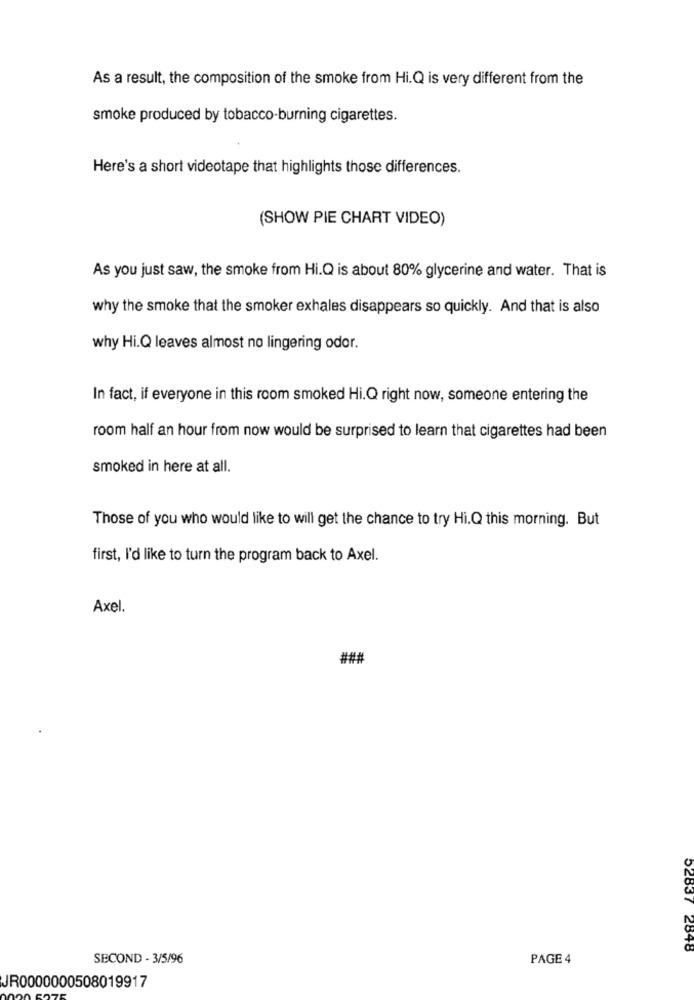
As a result, the composition of the smoke from Hi.Q is very different from the
smoke produced by tobacco-burning cigarettes.
Here's a short videotape that highlights those differences.
(SHOW PIE CHART VIDEO)
As you just saw, the smoke from Hi.Q is about 80% glycerine and water. That is
why the smoke that the smoker exhales disappears so quickly. And that is also
why Hi.Q leaves almost no lingering odor.
In fact, if everyone in this room smoked Hi.Q right now, someone entering the
room half an hour from now would be surprised to learn that cigarettes had been
smoked in here at all.
Those of you who would like to will get the chance to try Hi.Q this morning. But
first, I'd like to turn the program back to Axel.
Axel.
###
52837 2848
SECOND - 3/5/96
PAGE 4
JR0000000508019917